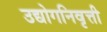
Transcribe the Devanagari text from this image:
उद्योगनिवृत्ती